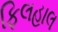
ફિલહાલ